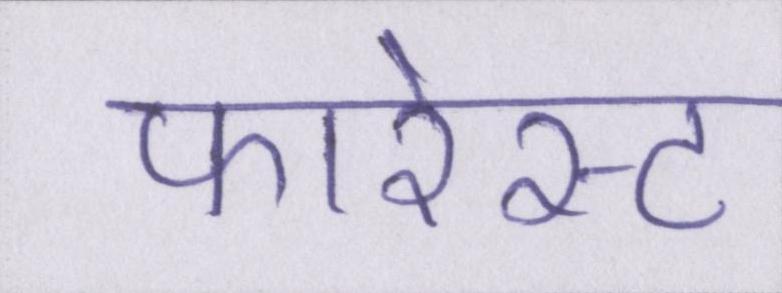
फारेस्ट